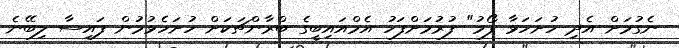
ނެގުމަށް އެދި ހުށަހަޅާ ފޯމު" ފުރުމަށްފަހު އެމްއައިބީގެ ބްރާންޗަކަށް ހުށަހެޅުމުން ފައިސާ ލިބޭނެ